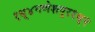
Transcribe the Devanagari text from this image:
१ध्४गणेशपूर१ध्२